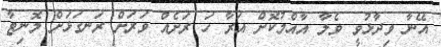
އޭނާ ވިދާޅުވީ ވެލާ އާއްމުކޮށް އަރާ ހަ ރަށެއް ވަރަށް ރަނގަޅަށް މޮނިޓާ